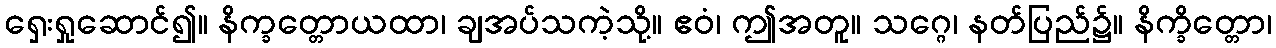
ရှေးရှုဆောင်၍။ နိက္ခတ္တောယထာ၊ ချအပ်သကဲ့သို့။ ဧဝံ၊ ဤအတူ။ သဂ္ဂေ၊ နတ်ပြည်၌။ နိက္ခိတ္တော၊